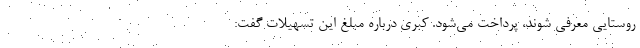
روستایی معرفی شوند، پرداخت می‌شود. کبری درباره مبلغ این تسهیلات گفت: